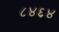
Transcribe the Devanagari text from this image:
८४६४